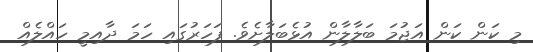
މި ކަން ކަން އަޖުމަ ބަލާލާން އުޅެބަލާށެވެ. ފަހަރުގައި ހަމަ ދާއިމީ ހައްލެއް